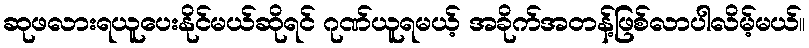
ဆုဖလားရယူပေးနိုင်မယ်ဆိုရင် ဂုဏ်ယူရမယ့် အခိုက်အတန့်ဖြစ်လာပါလိမ့်မယ်။